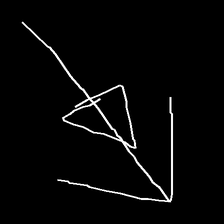
Glyph: pull